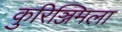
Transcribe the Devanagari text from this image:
कुरिञ्जिमला